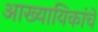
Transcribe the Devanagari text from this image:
आख्यायिकांचे